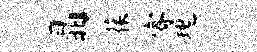
晶葆睿瑰